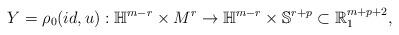
LaTeX: \begin{align*}Y=\rho_0(id,u):\mathbb{H}^{m-r}\times M^r\to \mathbb{H}^{m-r}\times \mathbb{S}^{r+p}\subset \mathbb{R}^{m+p+2}_1,\end{align*}